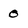
Character: 0